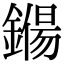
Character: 𨫖